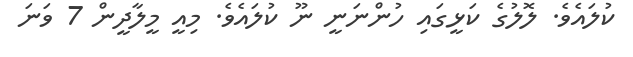
ކުލައެވެ. ލޮލުގެ ކަޅީގައި ހުންނަނީ ނޫ ކުލައެވެ. މިއީ މީލާދީން 7 ވަނަ